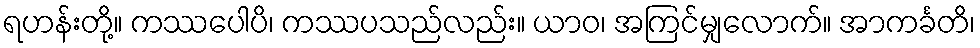
ရဟန်းတို့။ ကဿပေါပိ၊ ကဿပသည်လည်း။ ယာဝ၊ အကြင်မျှလောက်။ အာကင်္ခတိ၊